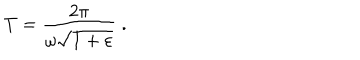
LaTeX: T = \frac { 2 \pi } { \omega \sqrt { 1 + \varepsilon } } \; .